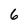
Character: 6